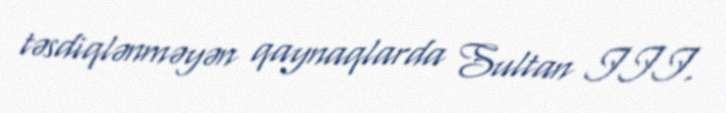
təsdiqlənməyən qaynaqlarda Sultan III.